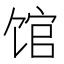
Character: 馆